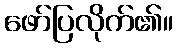
ဖော်ပြလိုက်၏။